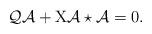
LaTeX: \begin{align*}{\cal Q}\mathcal{A}+\mathrm{X}\mathcal{A}\star\mathcal{A}=0.\end{align*}